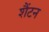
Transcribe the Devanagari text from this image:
शैंटन